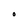
Character: O